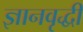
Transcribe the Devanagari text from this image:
ज्ञानवृद्धी